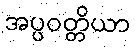
အပ္ပဝတ္တိယာ